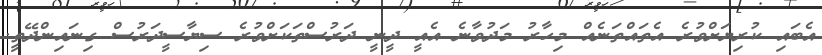
އެބައި ކުރިޔަށްވުރެ އެތައްތަނެއް މިހާރު މަދުވާނެ އެއީ ދީނީ ދަރުސްތަކަށްވުރެ ސިޔާސީދަރުސް ގިނައިންދޭތީ.